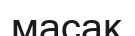
масақ